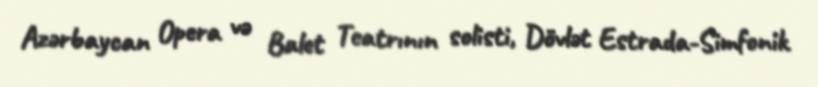
Azərbaycan Opera və Balet Teatrının solisti, Dövlət Estrada-Simfonik